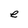
Character: e